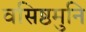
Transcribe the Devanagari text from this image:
वसिष्ठमुनि